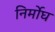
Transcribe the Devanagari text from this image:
निर्मोघ